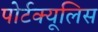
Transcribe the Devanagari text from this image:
पोर्टक्यूलिस